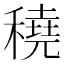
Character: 穘